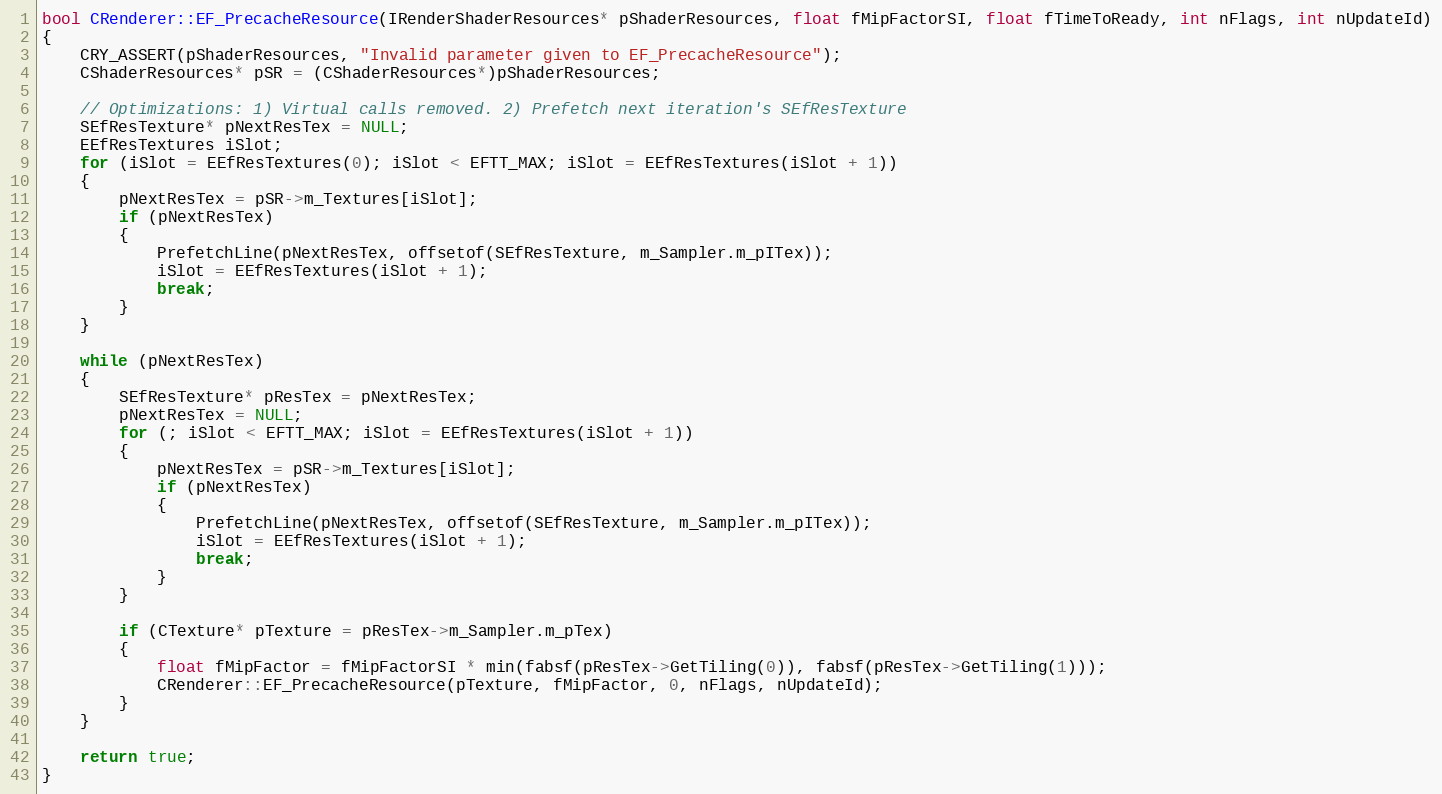
Language: C++
bool CRenderer::EF_PrecacheResource(IRenderShaderResources* pShaderResources, float fMipFactorSI, float fTimeToReady, int nFlags, int nUpdateId)
{
	CRY_ASSERT(pShaderResources, "Invalid parameter given to EF_PrecacheResource");
	CShaderResources* pSR = (CShaderResources*)pShaderResources;

	// Optimizations: 1) Virtual calls removed. 2) Prefetch next iteration's SEfResTexture
	SEfResTexture* pNextResTex = NULL;
	EEfResTextures iSlot;
	for (iSlot = EEfResTextures(0); iSlot < EFTT_MAX; iSlot = EEfResTextures(iSlot + 1))
	{
		pNextResTex = pSR->m_Textures[iSlot];
		if (pNextResTex)
		{
			PrefetchLine(pNextResTex, offsetof(SEfResTexture, m_Sampler.m_pITex));
			iSlot = EEfResTextures(iSlot + 1);
			break;
		}
	}

	while (pNextResTex)
	{
		SEfResTexture* pResTex = pNextResTex;
		pNextResTex = NULL;
		for (; iSlot < EFTT_MAX; iSlot = EEfResTextures(iSlot + 1))
		{
			pNextResTex = pSR->m_Textures[iSlot];
			if (pNextResTex)
			{
				PrefetchLine(pNextResTex, offsetof(SEfResTexture, m_Sampler.m_pITex));
				iSlot = EEfResTextures(iSlot + 1);
				break;
			}
		}

		if (CTexture* pTexture = pResTex->m_Sampler.m_pTex)
		{
			float fMipFactor = fMipFactorSI * min(fabsf(pResTex->GetTiling(0)), fabsf(pResTex->GetTiling(1)));
			CRenderer::EF_PrecacheResource(pTexture, fMipFactor, 0, nFlags, nUpdateId);
		}
	}

	return true;
}